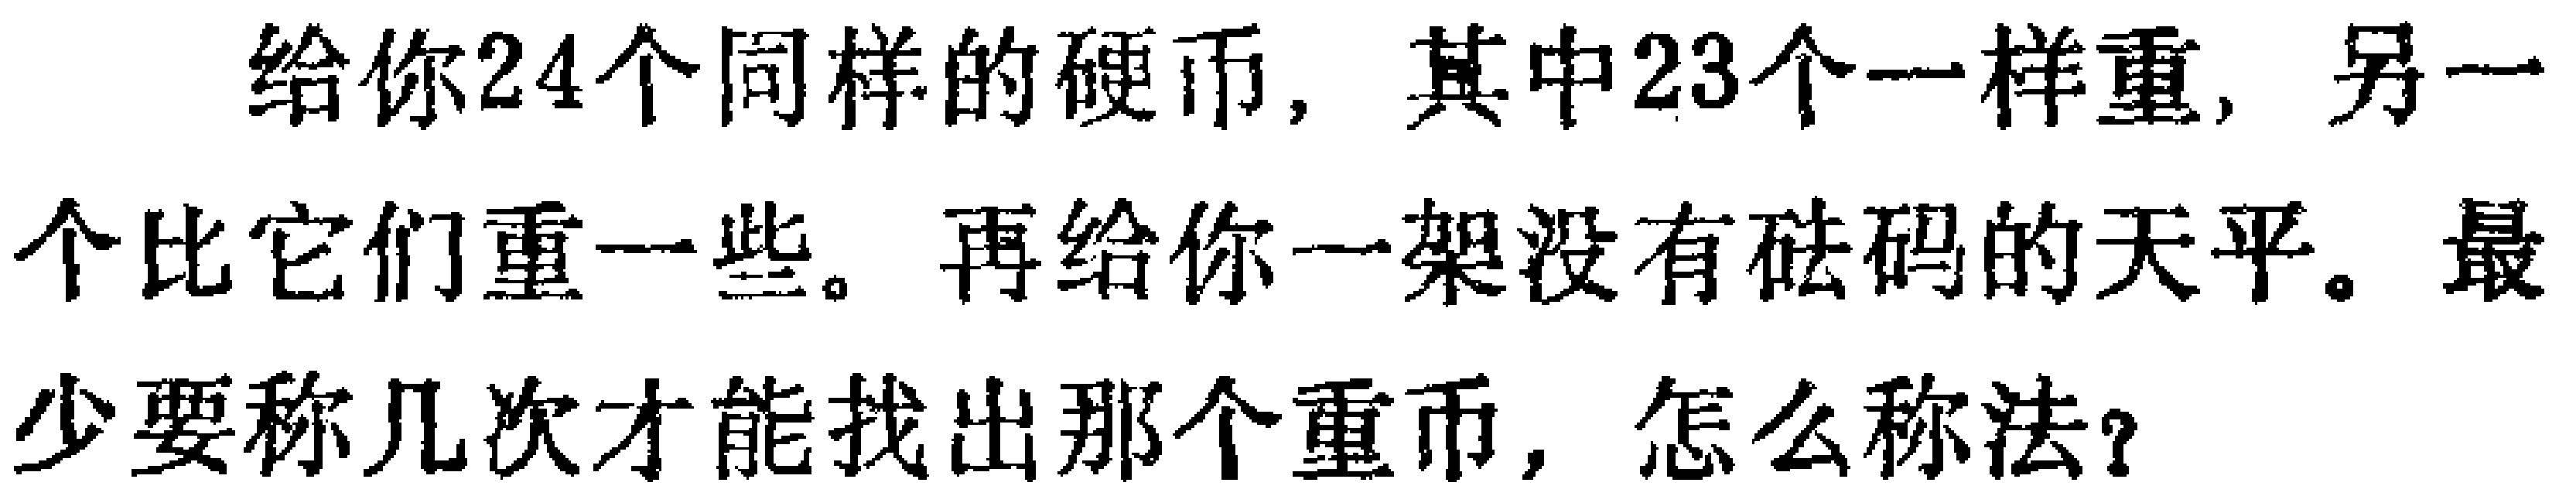
给你24个同样的硬币, 其中23个一样重, 另一个比它们重一些。再给你一架没有砝码的天平。最少要称几次才能找出那个重币, 怎么称法？